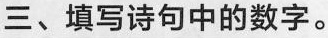
三、填写诗句中的数字。